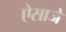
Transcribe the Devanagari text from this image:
ऐसाजे